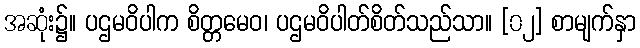
အဆုံး၌။ ပဌမဝိပါက စိတ္တမေဝ၊ ပဌမဝိပါတ်စိတ်သည်သာ။ [၀၂] စာမျက်နှာ